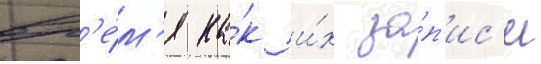
вр'е́м'я ка́к и́х за́п'ис'и